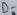
Text: D-